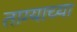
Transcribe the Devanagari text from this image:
ताग्याच्या